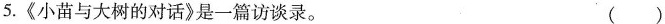
5.《小苗与大树的对话》是一篇访谈录。 ()